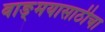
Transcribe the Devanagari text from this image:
वाङ्‌मयासाठीचा